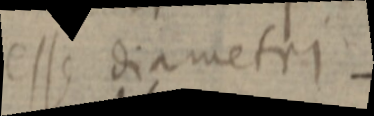
esse diametri